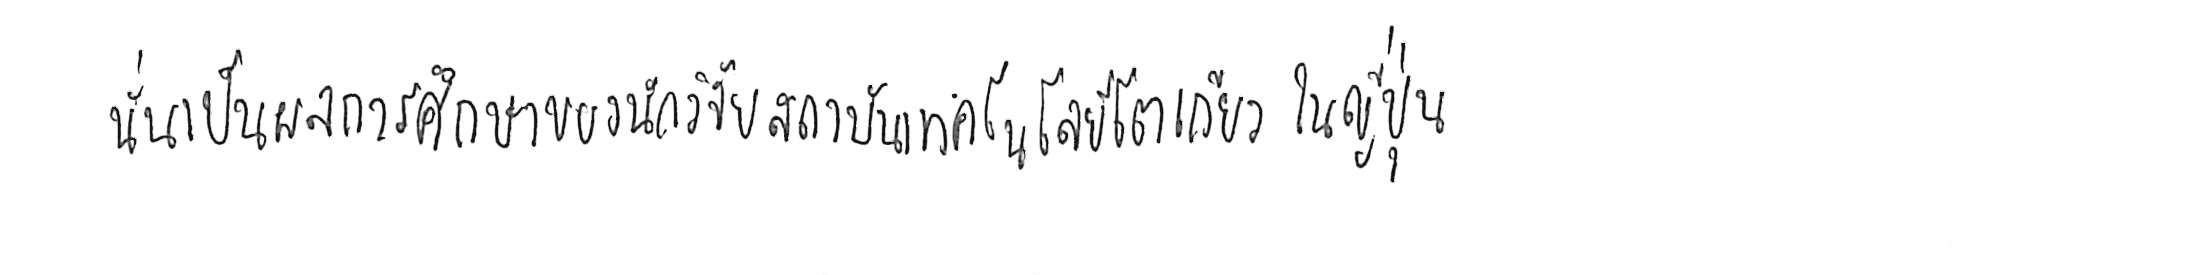
นั่นเป็นผลการศึกษาของนักวิจัยสถาบันเทคโนโลยีโตเกียว ในญี่ปุ่น